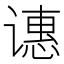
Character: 𬤝